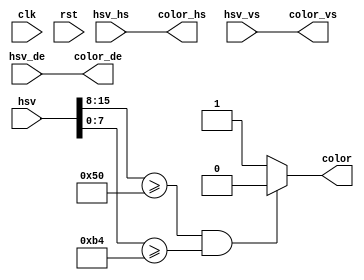
module ColorDetect (
	input			clk,
	input			rst,
	input			hsv_hs,
	input			hsv_vs,
	input			hsv_de,
	input[23:0] hsv,
	output 		color_hs,
	output 		color_vs,
	output 		color_de,
	output 		color
);

parameter S_THRESHOLD = 80;
parameter V_THRESHOLD = 180;

wire[7:0]	hue,saturation,value;
assign hue			=	hsv[23:16];//ignored
assign saturation	=	hsv[15:8];
assign value		=	hsv[7:0];

assign color		=	(saturation >= S_THRESHOLD && value >= V_THRESHOLD)? 1'b0:1'b1;
assign color_hs	=	hsv_hs;
assign color_vs	=	hsv_vs;
assign color_de	=	hsv_de;


endmodule